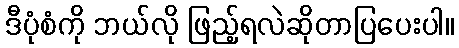
ဒီပုံစံကို ဘယ်လို ဖြည့်ရလဲဆိုတာပြပေးပါ။